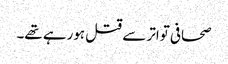
صحافی تواتر سے قتل ہورہے تھے۔